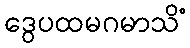
ဒွေပထမဂမာသိံ